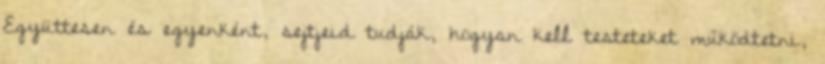
Együttesen és egyenként, sejtjeid tudják, hogyan kell testeteket működtetni,